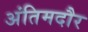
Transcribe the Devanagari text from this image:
अंतिमदौर